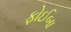
ફોઈબા